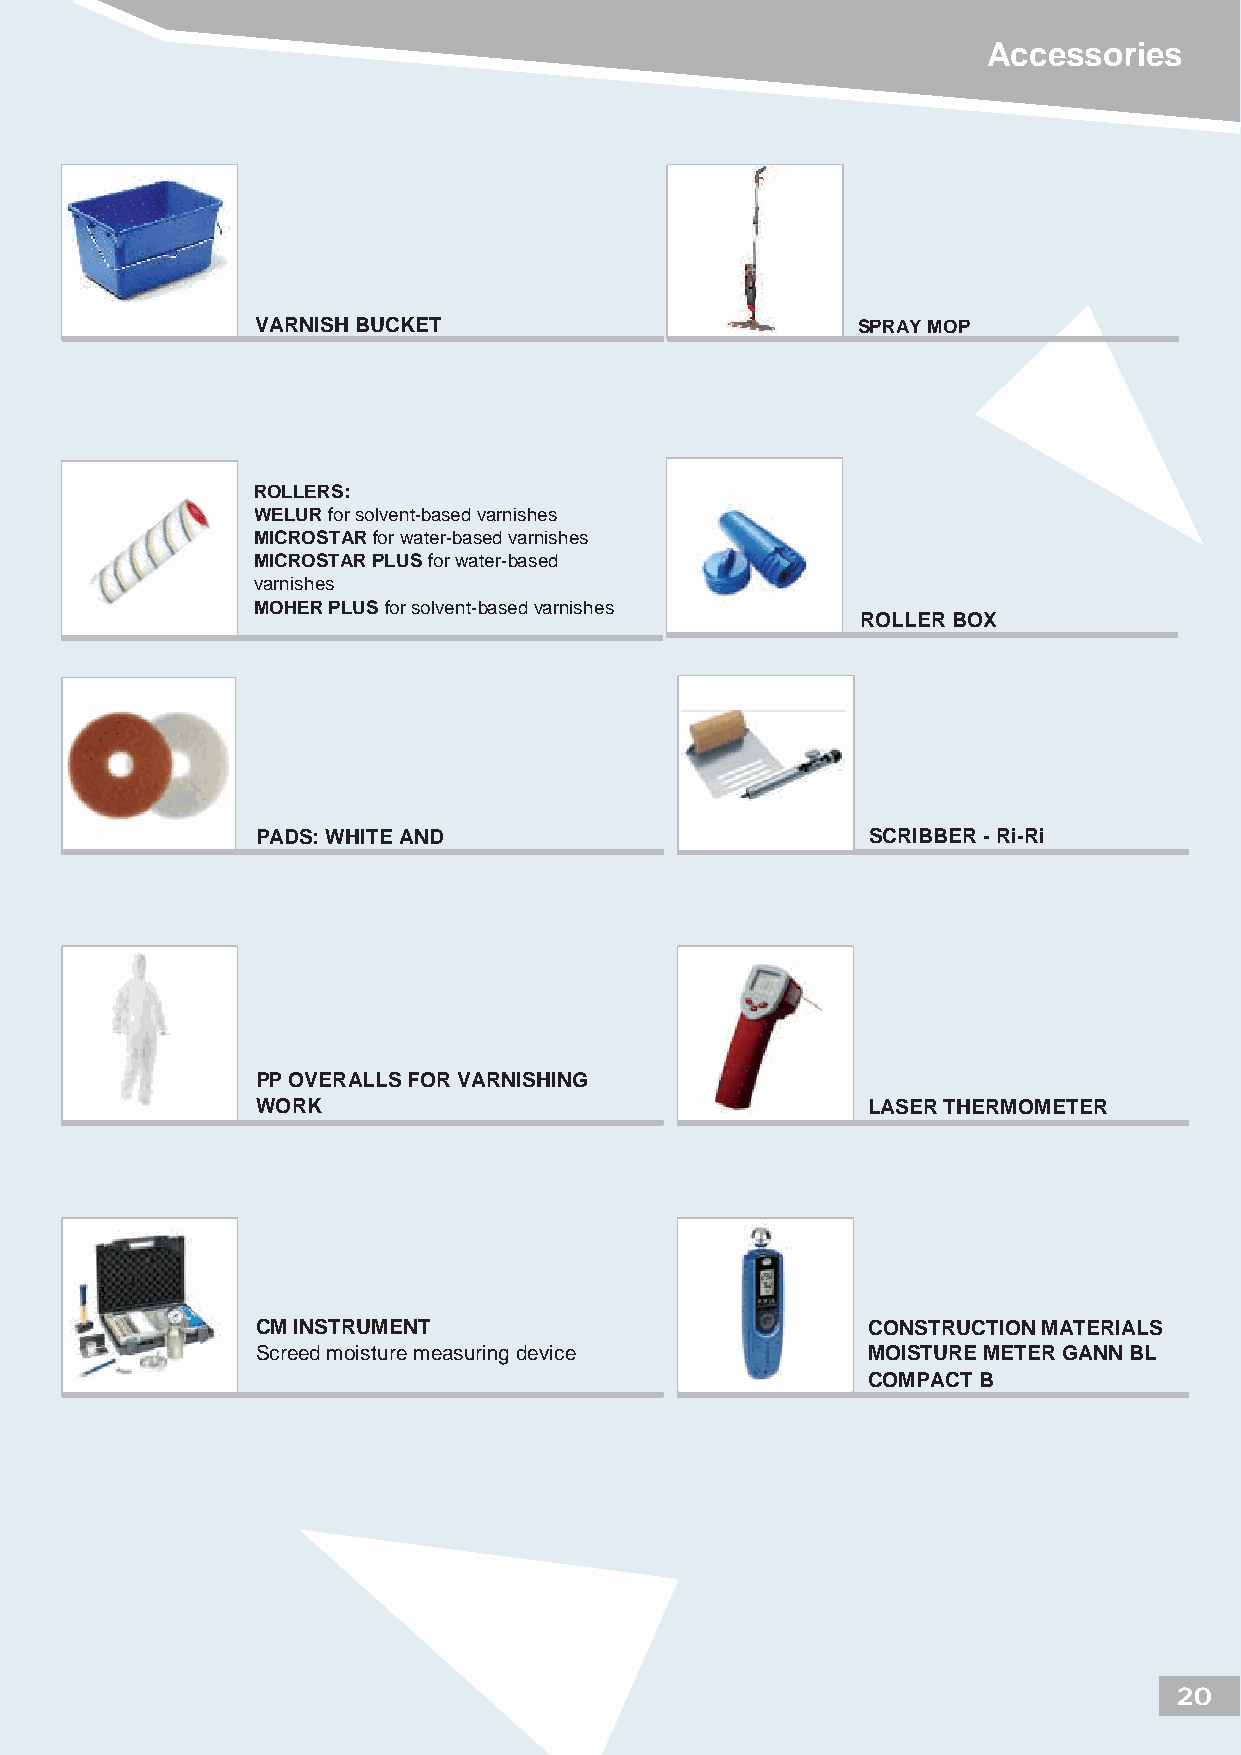
Accessories
 VARNISH BUCKET                          SPRAY MOP
 ROLLERS:
 WELUR for solvent-based varnishes
 MICROSTAR for water-based varnishes
 MICROSTAR PLUS for water-based
 varnishes
 MOHER PLUS for solvent-based varnishes
 ROLLER BOX
 PADS: WHITE AND                          SCRIBBER - Ri-Ri
 PP OVERALLS FOR VARNISHING
 WORK                                    LASER THERMOMETER
 CM INSTRUMENT                           CONSTRUCTION MATERIALS
 Screed moisture measuring device        MOISTURE METER GANN BL
 COMPACT B
 20